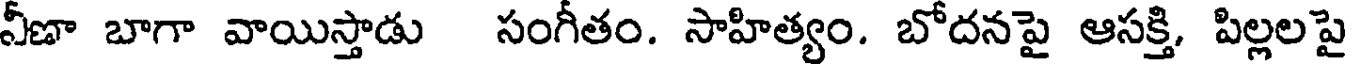
నీణా బాగా వాయిస్తాడు సంగీతం. సాహిత్యం. బోదనపై ఆసక్తి, పిల్లలపై